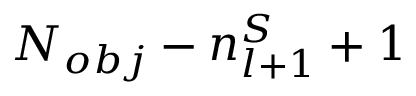
N _ { o b j } - n _ { l + 1 } ^ { S } + 1